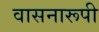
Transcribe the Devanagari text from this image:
वासनारूपी